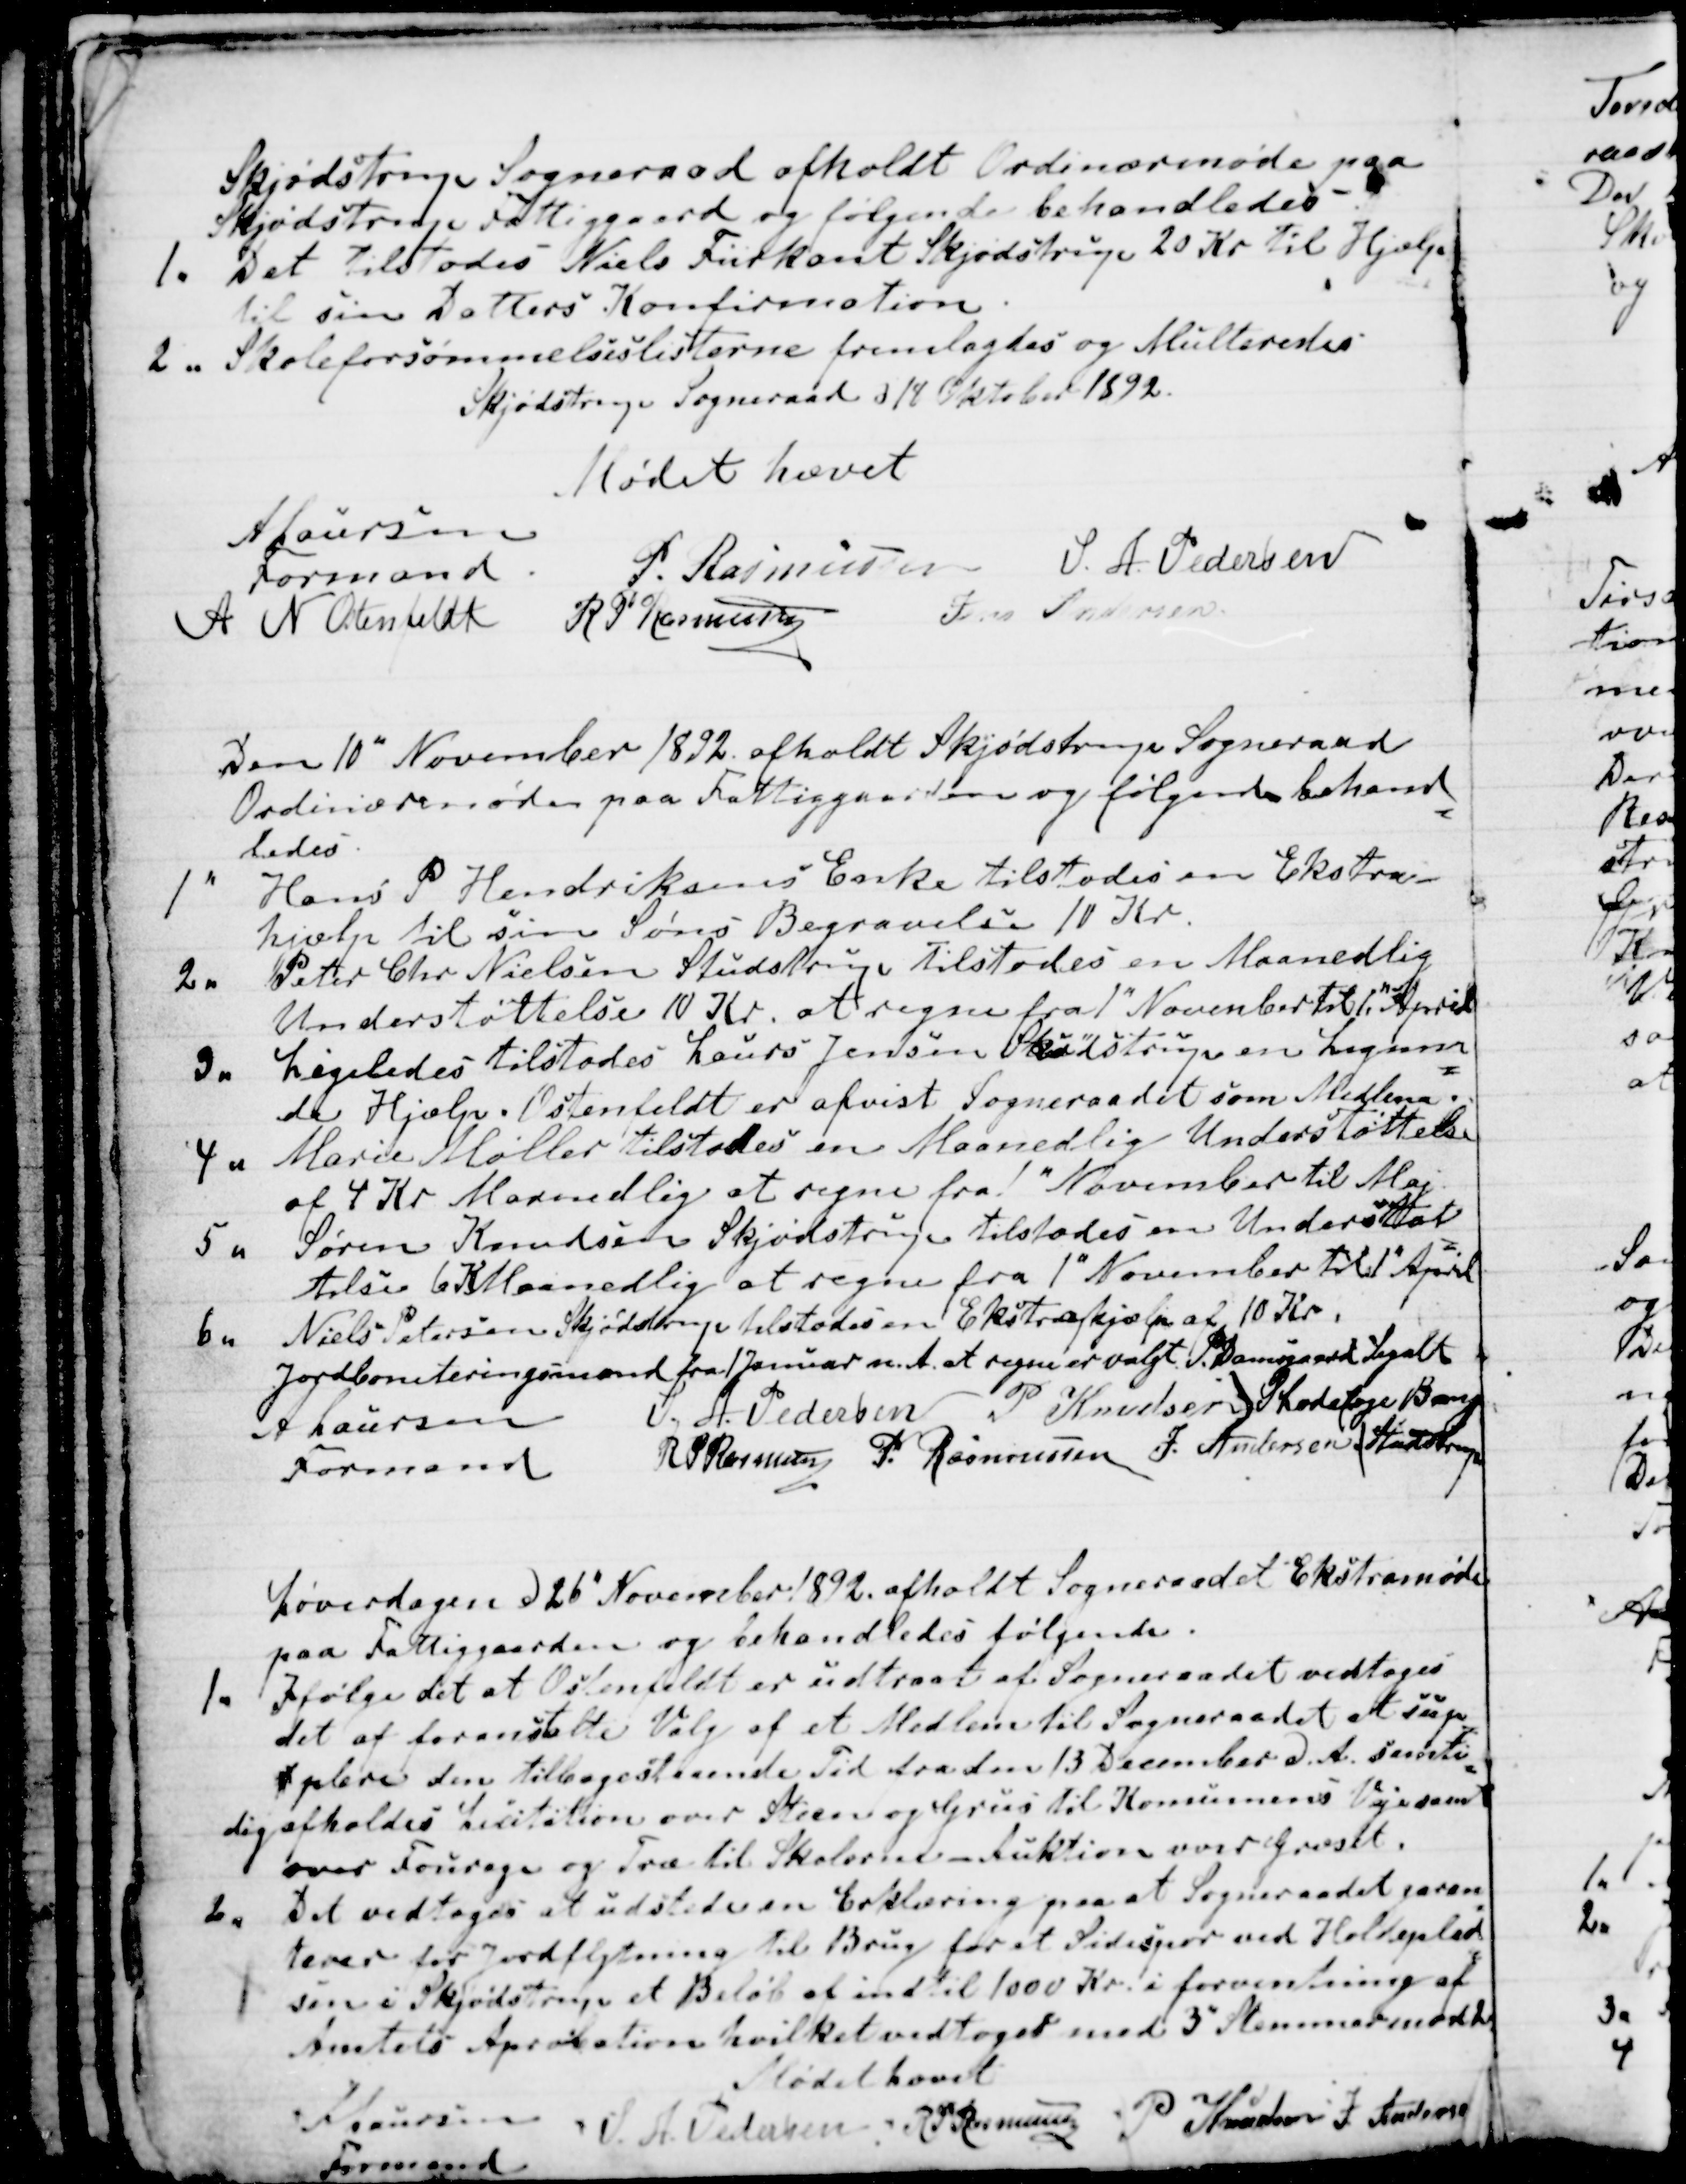
Transskription:
Skjødstrup Sogneraad afholdt Ordinærmøde paa
Skjødstrup Fattiggaard og følgende behandledes -.
1. Det tilstodes Niels Fiirkant Skjødstrup 20 Kr til Hjælp
til sin Datters Konfirmation.
2. Skoleforsømmelseslisterne fremlagdes og Mulkteredes
Skjødstrup Sogneraad d 18 Oktober 1892.
Mødet hævet
A Laursen
Formand
A N Ostenfeldt
P. Rasmussen
S. A. Pedersen
R P Rasmussen
Jens Andersen

Den 10" November 1892 afholdt Skjødstrup Sogneraad
Ordinærmøde paa Fattiggaarden og følgende behand
=
ledes
1. Hans P Hendriksens Enke tilstodes en Ekstra
hjælp til sin søns Begravelse 10 Kr.
2. Peter Chr Nielsen Studstrup tilstodes en Maanedlig
Understøttelse 10 Kr. at regne fra 1" November til 1." April
3. Ligeledes tilstodes Laurs Jensen Skødstrup en Lignen
=
de Hjælp. Ostenfeldt er afvist Sogneraadet som Medlem.
4. Marie Møller tilstodes en Maanedlig Understøttelse
af 4 Kr Maanedlig at regne fra 1" November til Maj
5. Søren Knudsen Skødstrup tilstodes en Understøt
=
telse 6 K Maanedlig at regne fra 1" November til 1" April
6. Niels Petersen Skjødstrup tilstodes en Ekstrahjælp af 10 Kr.
Jordboniteringsmænd fra 1Januar d.A. at regne er valgt P. Damsgaard Segalt 
S Ladefoge Bang
(Studstrup
A Laursen
Formand
S. A. Pedersen
P Knudsen
R P Rasmussen
P. Rasmussen
J. Andersen

Løverdagen d 26" November 1892 afholdt Sogneraadet Ekstramøde
paa Fattiggaarden og behandledes følgende.
1. Ifølge det at Ostenfeldt er udtraadt af Sogneraadet vedtoges
det at foranstalte Valg af et Medlem til Sogneraadet at sup
=
t plere den tilbagestaaende Tid fra den 13 December d.A. samti
=
dig afholdes Licitation over Steen og Grus til Komunens Veje samt
over Fourage og Træ til Skolerne - Auktion over Græset.
2. Det vedtoges at udstede en Erklæring paa at Sogneraadet garan
=
terer for Jordflytning til Brug for et Sidespor med Holdeplad
=
sen i Skjødstrup et Beløb af indtil 1000 Kr. i forventning af
Amtets Aprobation hvilket vedtoges med 3" Stemmer mod 2
Mødet Hævet
A Laursen
Formand
S. A. Pedersen
R P Rasmussen
P Knudsen
J Andersen